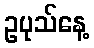
ဥပုသ်နေ့